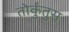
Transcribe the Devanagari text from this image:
तोर्कुंतुस